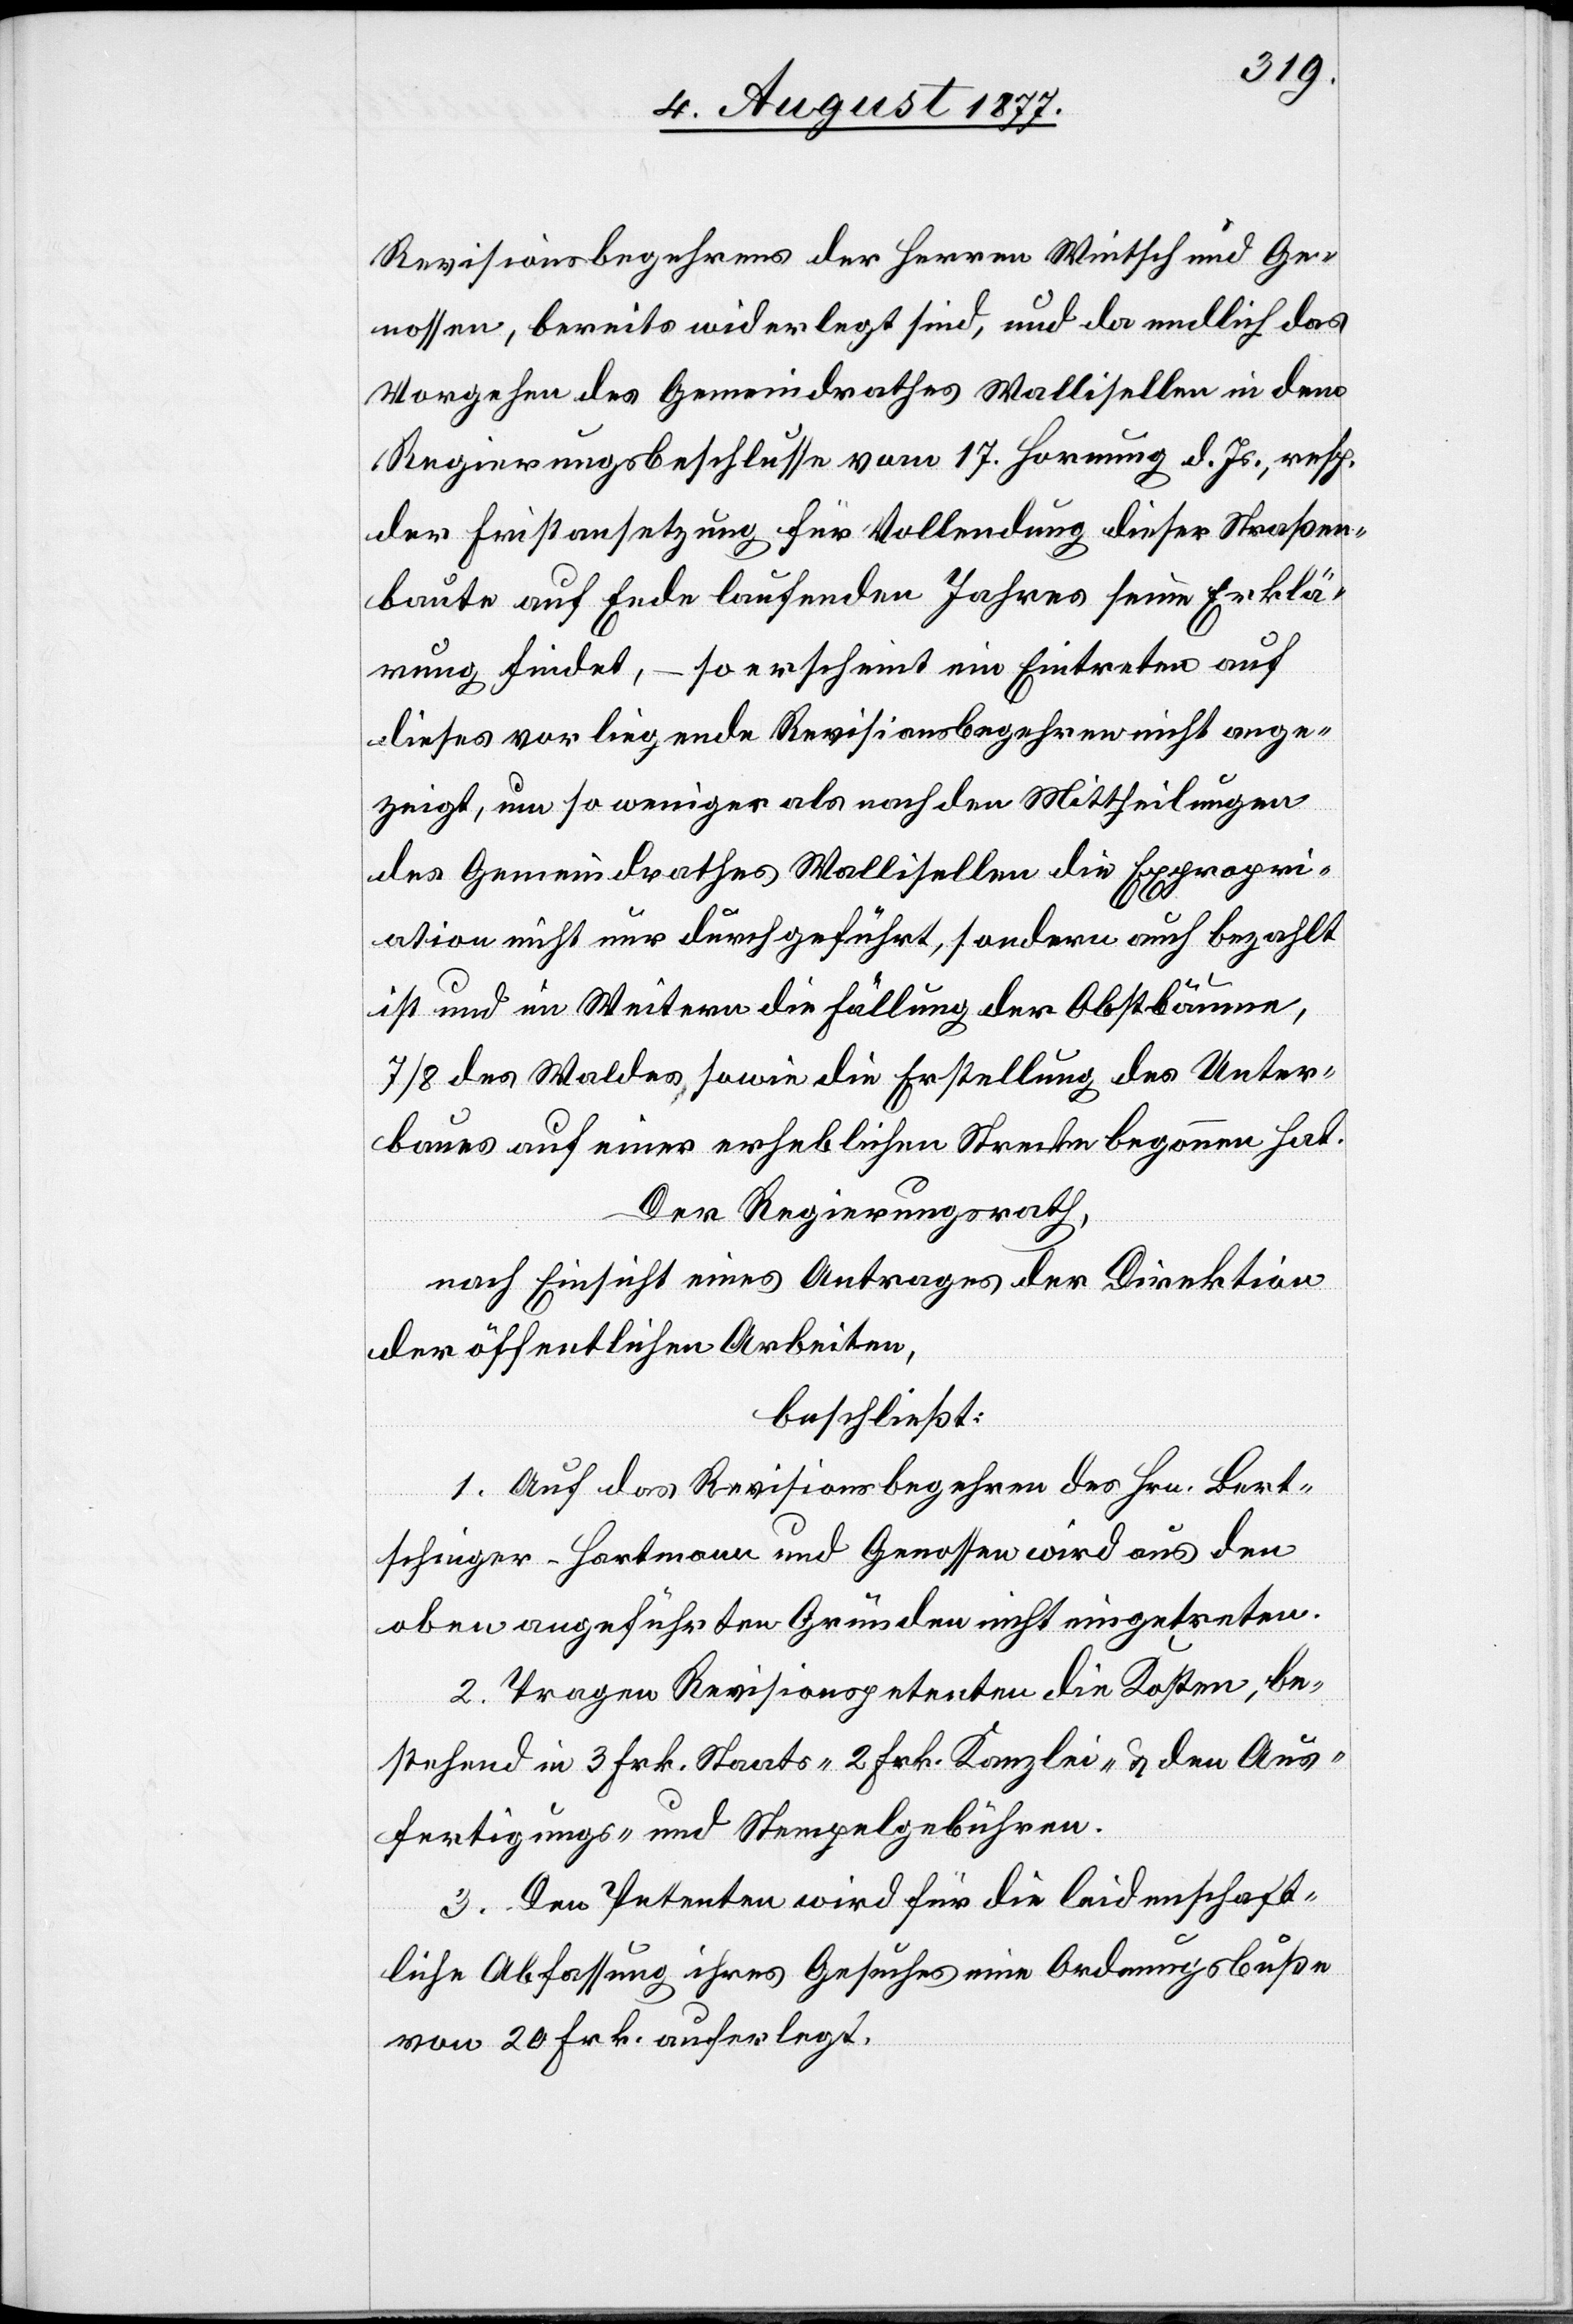
Revisionsbegehrens der Herren Wintsch und Ge¬
nossen, bereits widerlegt sind, und da endlich das
Vorgehen des Gemeindrathes Wallisellen in dem
Regierungsbeschlusse vom 17. Hornung d. Js., resp.
der Fristansetzung für Vollendung dieser Straßen¬
baute auf Ende laufenden Jahres seine Erklä¬
rung findet, – so erscheint ein Eintreten auf
dieses vorliegende Revisionsbegehren nicht ange¬
zeigt, um so weniger als nach den Mittheilungen
des Gemeindrathes Wallisellen die Expropri¬
ation nicht nur durchgeführt, sondern auch bezahlt
ist und im Weitern die Fällung der Obstbäume,
7/8 des Waldes sowie die Erstellung des Unter¬
baues auf einer erheblichen Strecke begonnen hat.
Der Regierungsrath,
nach Einsicht eines Antrages der Direktion
der öffentlichen Arbeiten,
beschließt:
1. Auf das Revisionsbegehren des Hrn. Bert¬
schinger-Hartmann und Genossen wird aus den
oben angeführten Gründen nicht eingetreten.
2. Tragen Revisionspetenten die Kosten, be¬
stehend in 3 Frk. Staats-[,] 2 Frk. Kanzlei- & den Aus¬
fertigungs- und Stempelgebühren.
3. Den Petenten wird für die leidenschaft¬
liche Abfassung ihres Gesuches eine Ordnungsbuße
von 20 Frk. auferlegt.